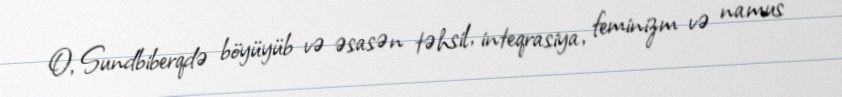
O, Sundbiberqdə böyüyüb və əsasən təhsil, inteqrasiya, feminizm və namus